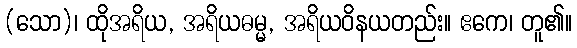
(သော)၊ ထိုအရိယ, အရိယဓမ္မ, အရိယဝိနယတည်း။ ဧကေ၊ တူ၏။